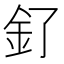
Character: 釕